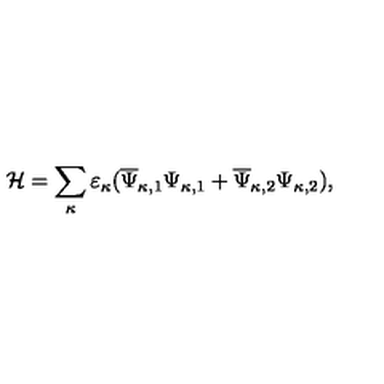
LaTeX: { \cal H } = \sum _ { \kappa } ^ { } \varepsilon _ { \kappa } ( \overline { { \Psi } } _ { \kappa , 1 } { \Psi } _ { \kappa , 1 } + \overline { { \Psi } } _ { \kappa , 2 } { \Psi } _ { \kappa , 2 } ) ,